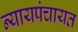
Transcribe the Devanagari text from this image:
न्यायपंचायत